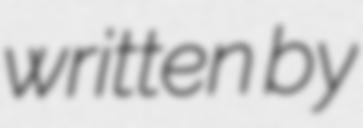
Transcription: written by